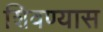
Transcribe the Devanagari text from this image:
शिवण्यास